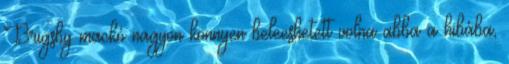
Brigsby mackó nagyon könnyen beleeshetett volna abba a hibába,